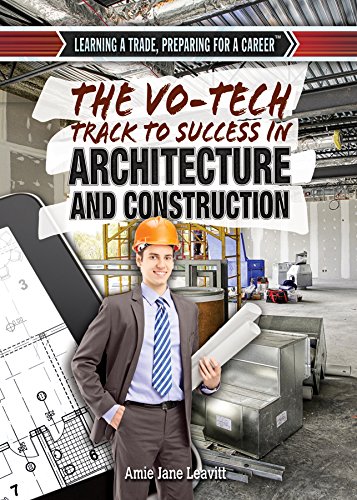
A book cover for The Vo-Tech Track to Success in Architecture and Construction (Learning a Trade, Preparing for a Career); Amie Jane Leavitt; Teen & Young Adult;